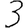
Digit: 3